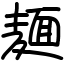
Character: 麺